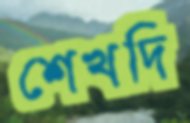
শেখদি